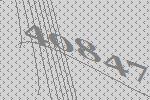
40847